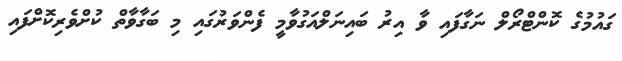
ގައުމުގެ ކޮންޓްރޯލް ނަގާފައި ވާ އިރު ބައިނަލްއަގުވާމީ ފެންވަރުގައި މި ބަގާވާތް ކުށްވެރިކޮށްފައި